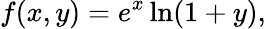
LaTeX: f(x,y)=e^{x}\ln(1+y),